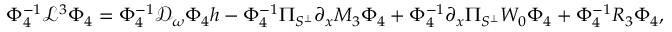
\begin{array} { r } { \Phi _ { 4 } ^ { - 1 } \mathcal { L } ^ { 3 } \Phi _ { 4 } = \Phi _ { 4 } ^ { - 1 } \mathcal { D } _ { \omega } \Phi _ { 4 } h - \Phi _ { 4 } ^ { - 1 } \Pi _ { S ^ { \perp } } \partial _ { x } M _ { 3 } \Phi _ { 4 } + \Phi _ { 4 } ^ { - 1 } \partial _ { x } \Pi _ { S ^ { \perp } } W _ { 0 } \Phi _ { 4 } + \Phi _ { 4 } ^ { - 1 } R _ { 3 } \Phi _ { 4 } , } \end{array}